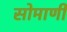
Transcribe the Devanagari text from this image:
सोमाणी